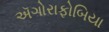
ઍગોરાફોબિયા